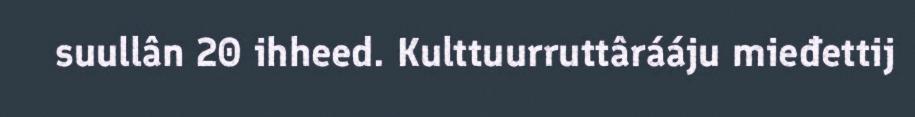
suullân 20 ihheed. Kulttuurruttârááju mieđettij